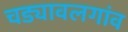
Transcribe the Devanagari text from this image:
चड्यावलगांव